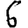
Digit: 6